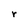
Character: r